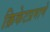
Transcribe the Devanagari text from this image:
क्रिकेटप्रमाणे